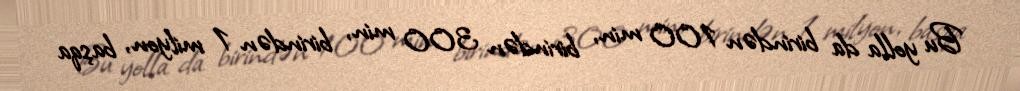
Bu yolla da birindən 100 min, birindən 300 min, birindən 1 milyon, başqa